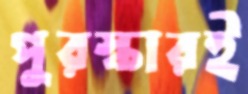
পুরস্কারই